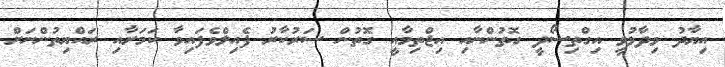
އިޔާދު ވިދާޅުވީ އިގްތިސޯދީ ގޮތުންނާއި އިޖްތިމާއީ ގޮތުން ސަރުކާރު ފެއިލްވެފައިވާ ކަމަށާއި ރައްޔިތުންނަށް